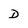
Character: D